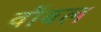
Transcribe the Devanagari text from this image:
वॉबल